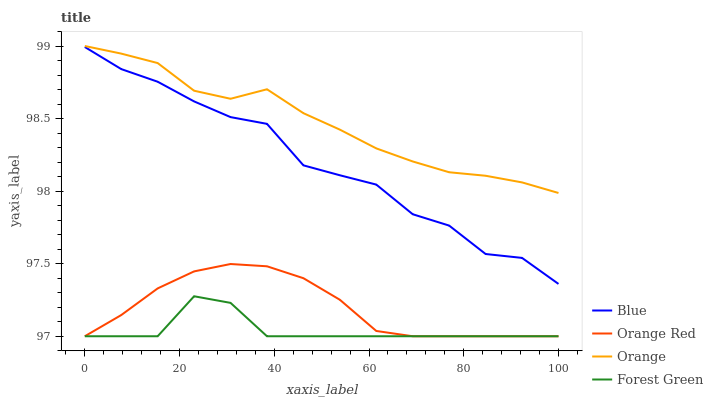
| xaxis_label | Blue | Orange Red | Orange | Forest Green |
 | --- | --- | --- | --- | --- |
 | 0 | 99 | 97 | 99 | 97 |
 | 7.69 | 98.8 | 97.1 | 98.9 | 97 |
 | 15.4 | 98.8 | 97.3 | 98.9 | 97 |
 | 23.1 | 98.6 | 97.4 | 98.7 | 97.3 |
 | 30.8 | 98.5 | 97.5 | 98.6 | 97.2 |
 | 38.5 | 98.5 | 97.5 | 98.7 | 97 |
 | 46.2 | 98.2 | 97.4 | 98.5 | 97 |
 | 53.8 | 98.1 | 97.3 | 98.4 | 97 |
 | 61.5 | 98 | 97 | 98.3 | 97 |
 | 69.2 | 97.8 | 97 | 98.2 | 97 |
 | 76.9 | 97.8 | 97 | 98.1 | 97 |
 | 84.6 | 97.6 | 97 | 98.1 | 97 |
 | 92.3 | 97.5 | 97 | 98.1 | 97 |
 | 100 | 97.4 | 97 | 98 | 97 |